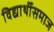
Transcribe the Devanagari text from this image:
विद्यार्थीसमाज